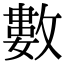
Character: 數